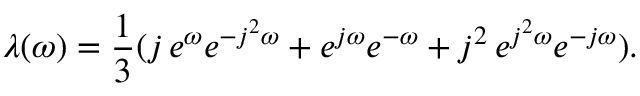
\lambda ( \omega ) = { \frac 1 3 } ( j \, e ^ { \omega } e ^ { - j ^ { 2 } \omega } + e ^ { j \omega } e ^ { - \omega } + j ^ { 2 } \, e ^ { j ^ { 2 } \omega } e ^ { - j \omega } ) .